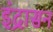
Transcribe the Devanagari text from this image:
इंद्रासन